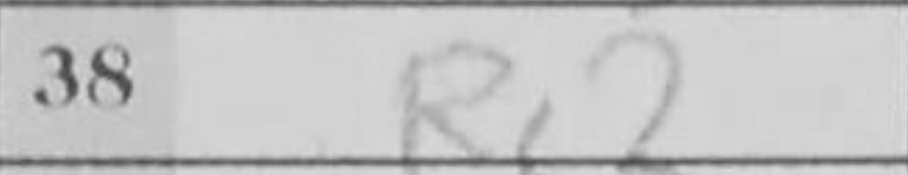
Transcription: Re2